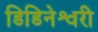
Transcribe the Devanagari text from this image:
डिडिनेश्वरी